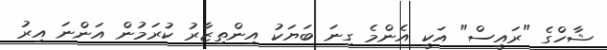
ޝާހްގެ "ރައީސް" އަކީ އެންމެ ގިނަ ބަޔަކު އިންތިޒާރު ކުރަމުން އަންނަ އިރު